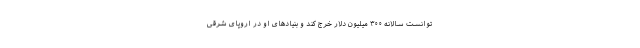
توانست سالانه ۳۰۰ میلیون دلار خرج کند و بنیادهای او در اروپای شرقی